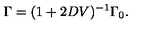
\Gamma = ( 1 + 2 D V ) ^ { - 1 } \Gamma _ { 0 } .